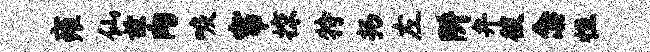
雍仙兹肉唳帘掠特扬左阱弁彼念恒